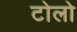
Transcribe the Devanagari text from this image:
टोलो